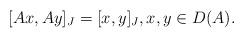
LaTeX: \begin{align*}[Ax,Ay]_J = [x,y]_J,x,y\in D(A).\end{align*}